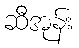
ဆီအုန်း